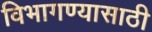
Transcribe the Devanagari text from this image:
विभागण्यासाठी